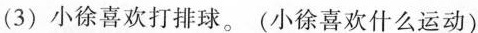
(3)小徐喜欢打排球。(小徐喜欢什么运动)